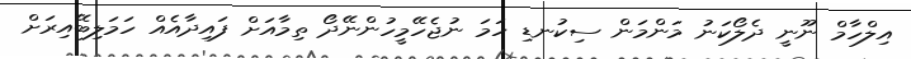
އިލްހާމް ނޫނީ ދެލޯކަނު މަންމަން ސިކުނޑި ހަމަ ނުޖެހޭމީހުންނޭދޯ ތިމާއަށް ފައިދާއެއް ހަމަލިބޭއިރަށް